Report on plague in the Punjab from October 1st ... to September 30th ..., being the ... season of plague in the province
Disease focus: Plague
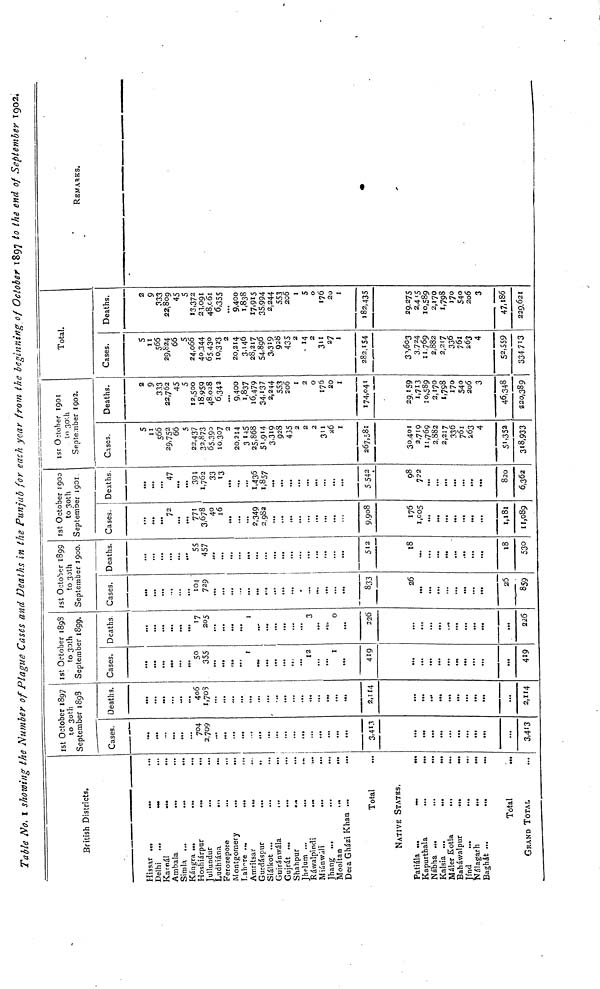
Table No. I showing the Number of Plague Cases and Deaths in the Punjab for each year from the beginning of October 1897 to the end of September 1902.
British Districts.
Hissar .„
...
Delhi ...
—
Karnál
«.
Ambala
...
Simla ...
...
...
Kángra ...
...
...
Hoshiárpur
.J
ullundur
...
...
Ludhiána
i
...
Ferozepore
Montgomery
Lahore ...
...
Amritsar
...
Gurdáspur
...
SiáSkot ...
Guiránwála
Gujrát ...
...
Shahpur
Jhelum ...
...
Rawalpindi
Miánwáli
...
••• i
Jhang ...
Mooltan
.
Dera Gházi Khan ...
Total
NATIVE STATBS.
Patiála -.
K
apurthala
Nábha ...
Kalsia ...
•••
•••
Máler Kotla
Baháwalpur
•••
...
Jínd
Nálagarh
...
...
Baghát ...
•••
Total
GRAND TOTAL
Ist October 1897
to 30th
September 1898
Cases.
704
2,709
3,413
. . .
3,413
Deaths.
406
1,708
2,114
...
2,114
Ist October 1898
to 30th
September 1899,
Cases.
So50
355
1
12
1
419
...
419
Deaths
17
205
1
:::
3
0
226
. . .
226
Ist October 1899
to 30th
September 1900.
Cases.
10.1
729
833
26
26
859
Deaths.
55
457
...
512
18
18
530
Ist October 1900
to 30th
September 1901
Cases.
72
771
3,678
40
16
2,349
2,982
9,908
176
1,005
1,181
11,089
Deaths.
47
391
1,762
33
'3
1,436
1,857
5 542
08
722
820
6,362
Ist October 1901
to 3oth
September 1902.
Cases.
5
11
566
29,75 2
66
5
22,437
32,873
65,390
10,307
2
20,214
3 145
25,868
51,914
3,319
928
435
2
2
2
311
26
1
267,581
30.401
2,719
11,769
2,882
2,217
336
761
263
4
51,352
318,933
Deaths.
2
9
333
22,762
45
5
12,500
18,959
48.028
6,342
9,400
ï.837
16,479
34,137
2,244
553
206
1
2
0
176
20
1
174,041
29,159
1,713
10,589
2,170
1,798
170
540
206
3
46,348
220,389
Total.
Cases.
5
11
566
29,824
66
5
24,066
40.344
65430
10,323
2
20,214
3,146
28,217
54,896
3,319
435
2
14
2
311
27
i
282,154
30,603
3,724
11,769
2,882
2,217
336
761
263
4
52,559
334 7*3
Deaths.
2
9
333
22,809
45
5
3,372
21,091
48,c6i
6,355
9,400
1,838
17.915
35,994
2,244
553
206
1
S
0
176
20
I
82,435
29,275
2,4 S
10,589
2,170
1,798
170
540
206
3
47,186
229,621
REMARKS.